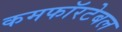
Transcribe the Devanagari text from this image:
कमफॉरटेबल